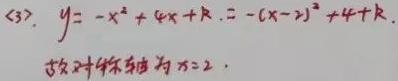
(3). $y=-x^{2}+4x + k=-(x - 2)^{2}+4 + k$.
故对称轴为$x = 2$.